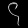
Digit: ၄